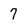
Character: 7